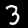
Label: 3